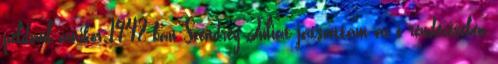
például amikor 1948-ban Szendrey Júliát játszottam az ő rendezésében